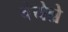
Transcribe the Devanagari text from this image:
चेयेन्ने